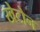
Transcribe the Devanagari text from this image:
खेटोन